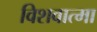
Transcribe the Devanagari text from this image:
विशवात्मा